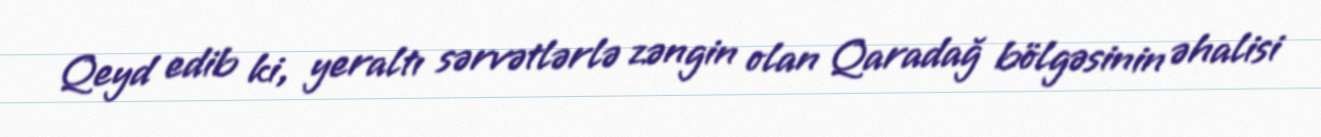
Qeyd edib ki, yeraltı sərvətlərlə zəngin olan Qaradağ bölgəsinin əhalisi